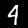
Digit: 4